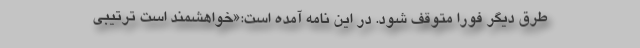
طرق دیگر فورا متوقف شود. در این نامه آمده است:«خواهشمند است ترتیبی